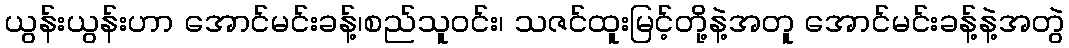
ယွန်းယွန်းဟာ အောင်မင်းခန့်၊စည်သူ၀င်း၊ သဇင်ထူးမြင့်တို့နဲ့အတူ အောင်မင်းခန့်နဲ့အတွဲ